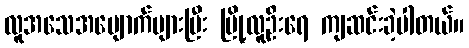
လူအသေအပျောက်များပြီး မြို့လူဦးရေ ကျဆင်းခဲ့ပါတယ်။